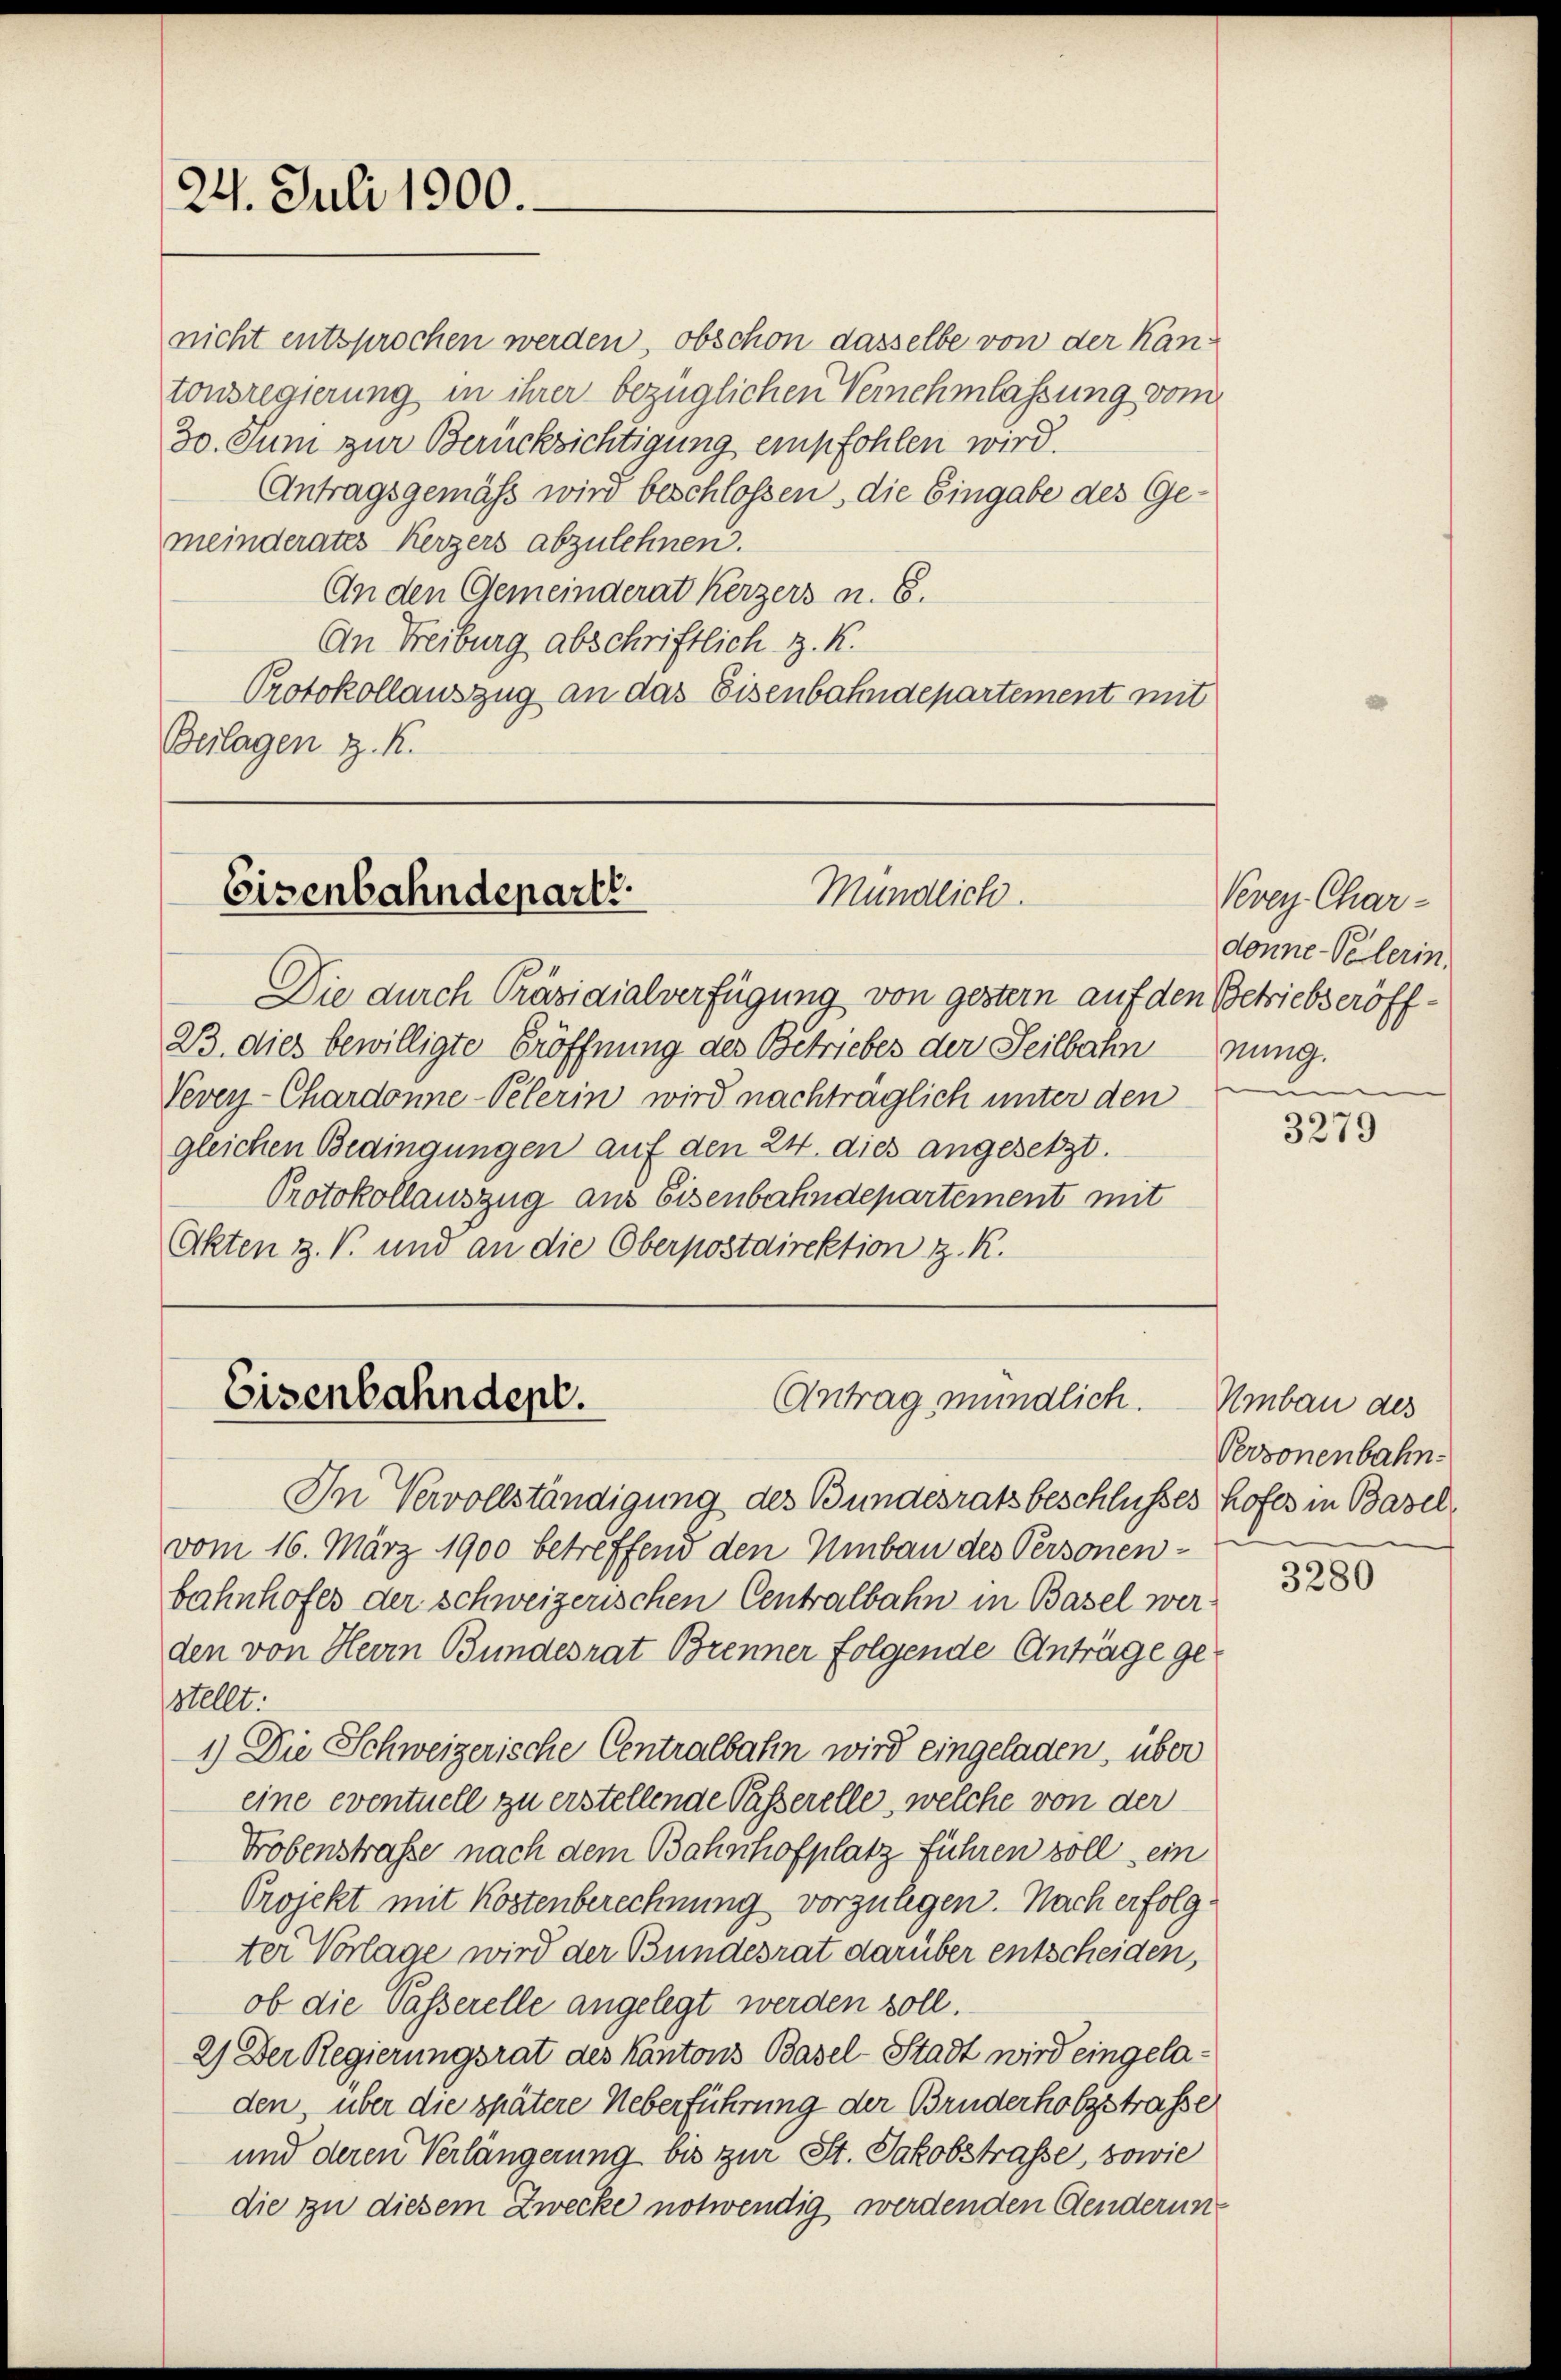
24. Juli 1900.

nicht entsprochen werden, obschon dasselbe von der Kantonsregierung in ihrer bezüglichen Vernehmlassung vom
30. Juni zur Berücksichtigung empfohlen wird.
Antragsgemäss wird beschlossen, die Eingabe des Gemeinderates Kerzers abzulehnen.
An den Gemeinderat Kerzers u. 6.
An Freiburg abschriftlich z. K.
Protokollauszug an das Eisenbahndepartement mit
Beilagen z. K.

Mündlich.
Eisenbahndeparti

Die durch Präsidialverfügung von gestern auf den Betriebseröff¬
23. dies bewilligte Eröffnung des Betriebes der Seilbahn
Vevey-Chardonne-Pelerin wird nachträglich unter den
gleichen Bedingungen auf den 24. dies angesetzt.
Protokollauszug aus Eisenbahndepartement mit
Okten z. B. und an die Oberpostdirektion z. R.

Eisenbahndept.
Antrag mündlich.

In Vervollständigung des Bundesratsbeschlusses hofes in Basel
vom 16. März 1900 betreffend den Umbau des Personen-
bahnhofes der schweizerischen Centralbahn in Basel werden von Herrn Bundesrat Brenner folgende Anträge gestellt:
1.) Die Schweizerische Centralbahn wird eingeladen, über
eine eventuell zu erstellende Passerelle, welche von der
Trobenstraße nach dem Bahnhofplatz führen soll ein
Projekt mit Kostenberechnung vorzulegen. Nach erfolgter Vorlage wird der Bundesrat darüber entscheiden,
ob die Passerelle angelegt werden soll.
2) Der Regierungsrat des Kantons Basel-Stadt wird eingeladen, über die spätere Ueberführung der Bruderholzstrasse
und deren Verlängerung bis zur St. Jakobstrasse, sowie
die zu diesem Zwecke notwendig werdenden Aenderung

Vevey Char-
donne-Pelerin,
nung.
e

3279

Umbau des
Personenbahn-

3280